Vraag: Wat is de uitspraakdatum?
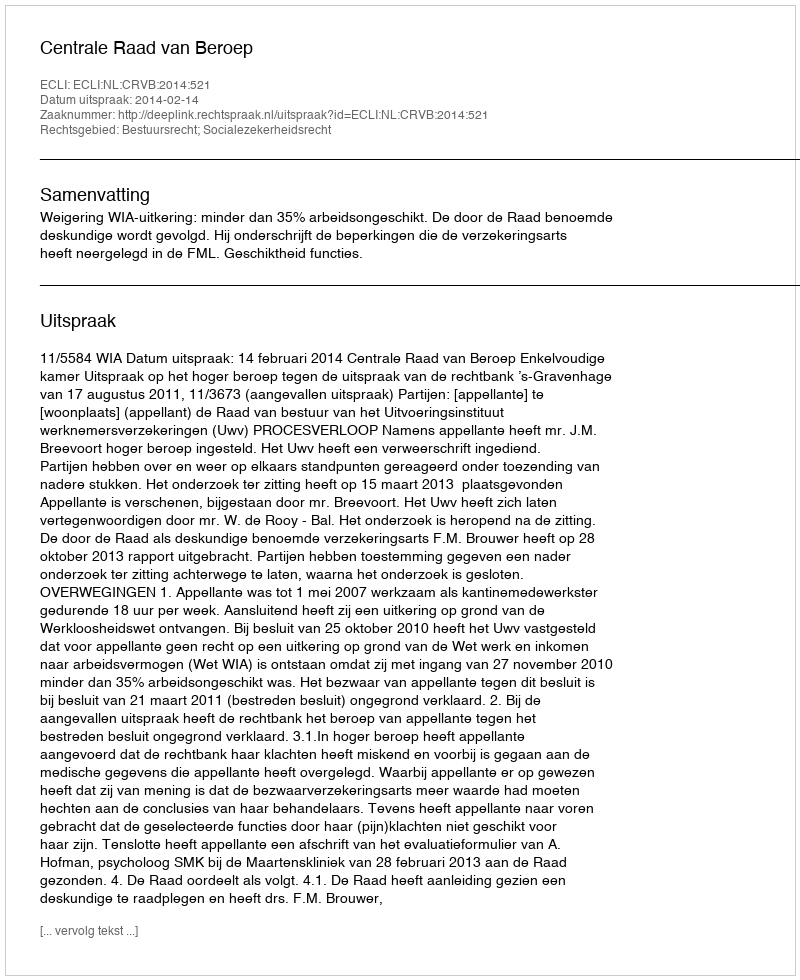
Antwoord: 2014-02-14